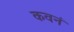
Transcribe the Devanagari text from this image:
कवनं